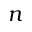
n